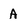
Character: A